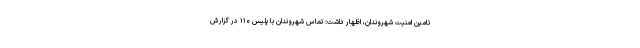
تامین امنیت شهروندان، اظهار داشت: تماس شهروندان با پلیس ۱۱۰ در گزارش